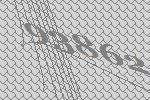
93862